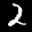
Label: 2